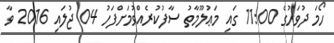
ހޯމަ ދުވަހުގެ 11:00 ގައި މަޢުލޫމާތު ސާފުކުރެއްވުމަށްފަހު 04 ޖުލައި 2016 ވާ